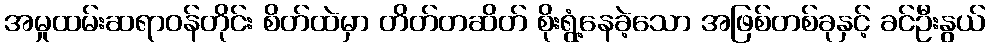
အမှုထမ်းဆရာဝန်တိုင်း စိတ်ထဲမှာ တိတ်တဆိတ် စိုးရွံ့နေခဲ့သော အဖြစ်တစ်ခုနှင့် ခင်ဦးနွယ်